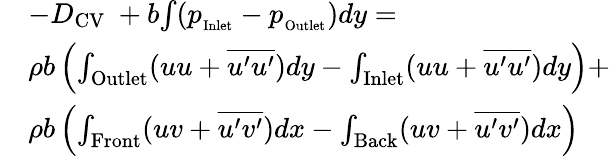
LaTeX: \begin{array}{rl}&{-D_{\mathrm{CV}}\ +b{\int(p_{_\mathrm{Inlet}}-p_{_\mathrm{Outlet}}})dy=}\\ &{\rho b\left(\int_{\mathrm{Outlet}}({u}{u}+\overline{{u^{\prime}u^{\prime}}})dy-\int_{\mathrm{Inlet}}({u}{u}+\overline{{u^{\prime}u^{\prime}}})dy\right)+}\\ &{\rho b\left(\int_{\mathrm{Front}}({u}{v}+\overline{{u^{\prime}v^{\prime}}})dx-\int_{\mathrm{Back}}({u}{v}+\overline{{u^{\prime}v^{\prime}}})dx\right)}\end{array}